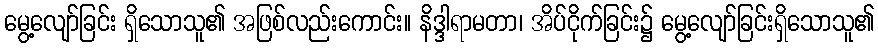
မွေ့လျော်ခြင်း ရှိသောသူ၏ အဖြစ်လည်းကောင်း။ နိဒ္ဒါရာမတာ၊ အိပ်ငိုက်ခြင်း၌ မွေ့လျော်ခြင်းရှိသောသူ၏